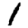
Digit: 1